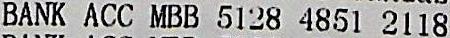
BANK ACC MBB 5128 4851 2118